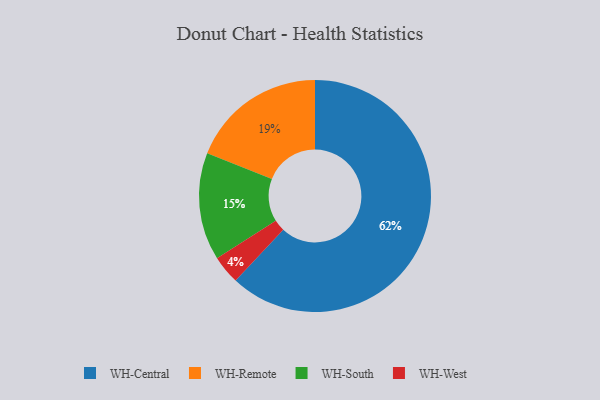
{"axis": {"x": "Category", "y": "Percentage"}, "legend": ["WH-Central", "WH-Remote", "WH-South", "WH-West"], "data": [{"x": "WH-Remote", "y": 19, "type": "WH-Remote"}, {"x": "WH-South", "y": 15, "type": "WH-South"}, {"x": "WH-Central", "y": 62, "type": "WH-Central"}, {"x": "WH-West", "y": 4, "type": "WH-West"}]}